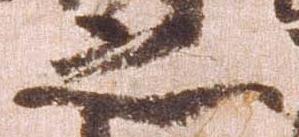
之